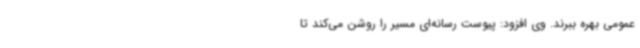
عمومی بهره ببرند. وی افزود: پیوست رسانه‌ای مسیر را روشن می‌کند تا